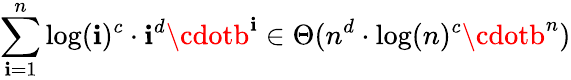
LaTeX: \sum_{\mathbf{i}=1}^{n}\log(\mathbf{i})^{c}\cdot\mathbf{i}^{d}\cdotb^{\mathbf{i}}\in\Theta(n^{d}\cdot\log(n)^{c}\cdotb^{n})